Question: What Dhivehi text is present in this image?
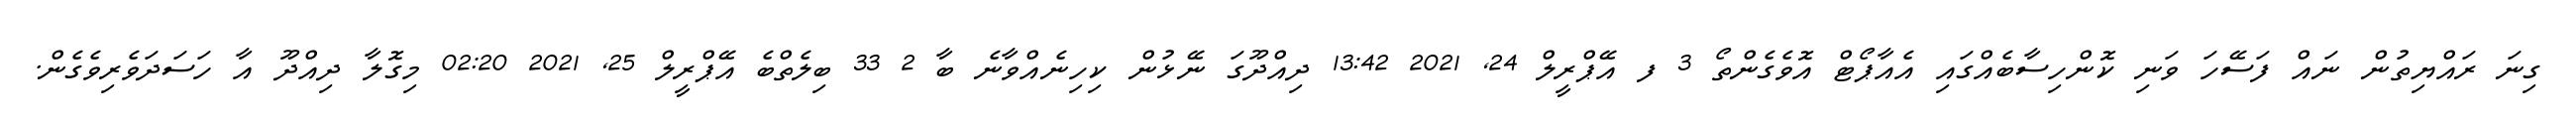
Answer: ގިނަ ރައްޔިތުން ނައް ފަސޭހަ ވަނި ކޮންހިސާބެއްގައި އެއާޕޯޓް އޮވެގެންތޯ 3 ފ އޭޕްރީލް 24, 2021 13:42 ދިއްދޫގަ ނޭޅުން ކިހިނެއްވާނެ ބާ 2 33 ބިލެތްބެ އޭޕްރީލް 25, 2021 02:20 މިގޮލާ ދިއްދޫ އާ ހަސަދަވެރިވެގެން.